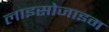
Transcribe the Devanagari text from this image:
लाइसोजाइम